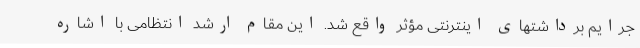
جرایم برداشتهای اینترنتی مؤثر واقع شد. این مقام ارشد انتظامی با اشاره